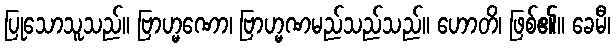
ပြုသောသူသည်။ ဗြာဟ္မဏော၊ ဗြာဟ္မဏမည်သည်သည်။ ဟောတိ၊ ဖြစ်၏။ ခေမီ၊